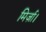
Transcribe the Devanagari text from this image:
मिर्ज़ा।